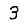
Digit: 3